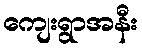
ကျေးရွာအနီး